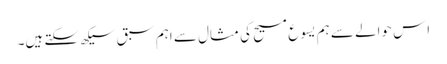
‏ اِس حوالے سے ہم یسوع مسیح کی مثال سے اہم سبق سیکھ سکتے ہیں۔